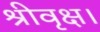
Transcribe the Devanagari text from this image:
श्रीवृक्ष।